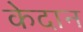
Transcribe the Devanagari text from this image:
केदान